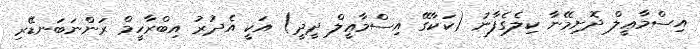
އިސްމާޢީލް ދޮށިމޭނާ ކިލެގެފާނު (ކަކާގޭ އިސްމާޢީލް ދީދީ) އަކީ އެދުރު އިބްރާހީމް ރަންނަބަނޑޭރި